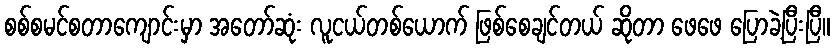
စစ်စမင်စတာကျောင်းမှာ အတော်ဆုံး လူငယ်တစ်ယောက် ဖြစ်စေချင်တယ် ဆိုတာ ဖေဖေ ပြောခဲ့ပြီးပြီ။